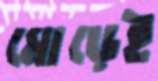
মোড়েই